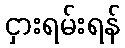
ငှားရမ်းရန်